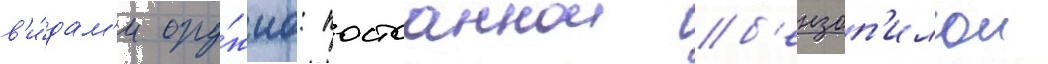
в'и́дам'и ору́жиа: постоаннои б'ензоп'илои